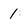
Character: 1